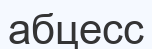
абцесс